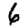
Digit: 6